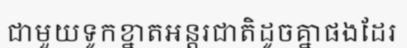
ជាមួយទូកខ្នាតអន្តរជាតិដូចគ្នាផងដែរ